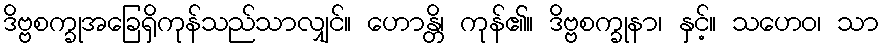
ဒိဗ္ဗစက္ခုအခြေရှိကုန်သည်သာလျှင်။ ဟောန္တိ၊ ကုန်၏။ ဒိဗ္ဗစက္ခုနာ၊ နှင့်။ သဟေဝ၊ သာ